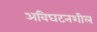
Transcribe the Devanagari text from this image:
अविघटनशील